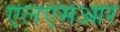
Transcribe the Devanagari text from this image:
एलएमआर